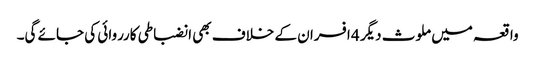
واقعہ میں ملوث دیگر 4 افسران کے خلاف بھی انضباطی کارروائی کی جائے گی۔